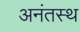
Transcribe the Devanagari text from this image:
अनंतस्थ